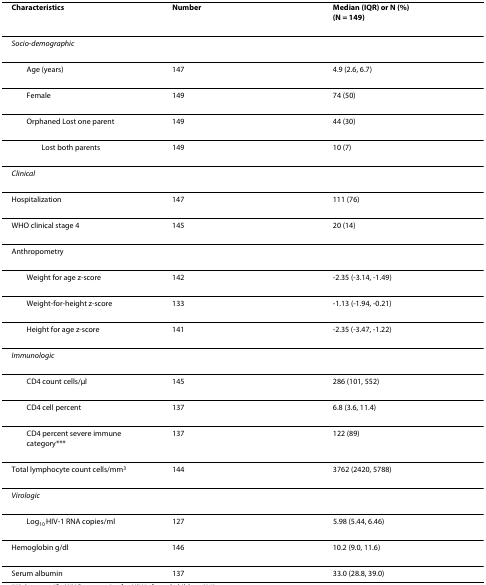
<table><thead><tr><td><b>Characteristics</b></td><td><b>Number</b></td><td><b>Median (IQR) or N (%)(N = 149)</b></td></tr></thead><tbody><tr><td><i>Socio-demographic</i></td><td></td><td></td></tr><tr><td> Age (years)</td><td>147</td><td>4.9 (2.6, 6.7)</td></tr><tr><td> Female</td><td>149</td><td>74 (50)</td></tr><tr><td> Orphaned Lost one parent</td><td>149</td><td>44 (30)</td></tr><tr><td>Lost both parents</td><td>149</td><td>10 (7)</td></tr><tr><td><i>Clinical</i></td><td></td><td></td></tr><tr><td>Hospitalization</td><td>147</td><td>111 (76)</td></tr><tr><td>WHO clinical stage 4</td><td>145</td><td>20 (14)</td></tr><tr><td>Anthropometry</td><td></td><td></td></tr><tr><td> Weight for age z-score</td><td>142</td><td>-2.35 (-3.14, -1.49)</td></tr><tr><td> Weight-for-height z-score</td><td>133</td><td>-1.13 (-1.94, -0.21)</td></tr><tr><td> Height for age z-score</td><td>141</td><td>-2.35 (-3.47, -1.22)</td></tr><tr><td><i>Immunologic</i></td><td></td><td></td></tr><tr><td> CD4 count cells/μl</td><td>145</td><td>286 (101, 552)</td></tr><tr><td> CD4 cell percent</td><td>137</td><td>6.8 (3.6, 11.4)</td></tr><tr><td> CD4 percent severe immune category***</td><td>137</td><td>122 (89)</td></tr><tr><td>Total lymphocyte count cells/mm<sup>3</sup></td><td>144</td><td>3762 (2420, 5788)</td></tr><tr><td><i>Virologic</i></td><td></td><td></td></tr><tr><td> Log<sub>10 </sub>HIV-1 RNA copies/ml</td><td>127</td><td>5.98 (5.44, 6.46)</td></tr><tr><td>Hemoglobin g/dl</td><td>146</td><td>10.2 (9.0, 11.6)</td></tr><tr><td>Serum albumin</td><td>137</td><td>33.0 (28.8, 39.0)</td></tr></tbody></table>